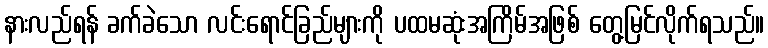
နားလည်ရန် ခက်ခဲသော လင်းရောင်ခြည်များကို ပထမဆုံးအကြိမ်အဖြစ် တွေ့မြင်လိုက်ရသည်။